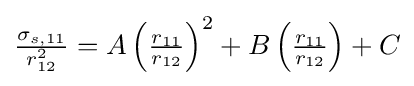
{\textstyle {\frac {\sigma _{s,11}}{r_{12}^{2}}}=A\left({\frac {r_{11}}{r_{12}}}\right)^{2}+B\left({\frac {r_{11}}{r_{12}}}\right)+C}